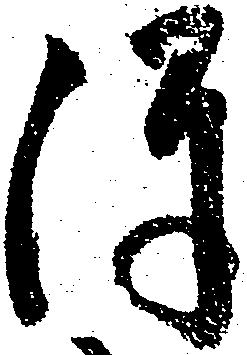
陣